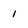
Character: 1